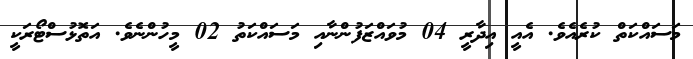
މަސައްކަތް ކުރެއެވެ. އެއީ އިދާރީ 04 މުވައްޒަފުންނާއި މަސައްކަތު 02 މީހުންނެވެ. އަތޮޅުސްޓޯރަކީ